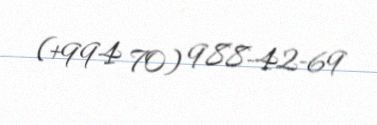
(+994 70) 988-42-69